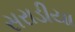
સરાડીયા